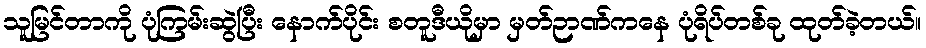
သူမြင်တာကို ပုံကြမ်းဆွဲပြီး နောက်ပိုင်း စတူဒီယိုမှာ မှတ်ဉာဏ်ကနေ ပုံရိပ်တစ်ခု ထုတ်ခဲ့တယ်။